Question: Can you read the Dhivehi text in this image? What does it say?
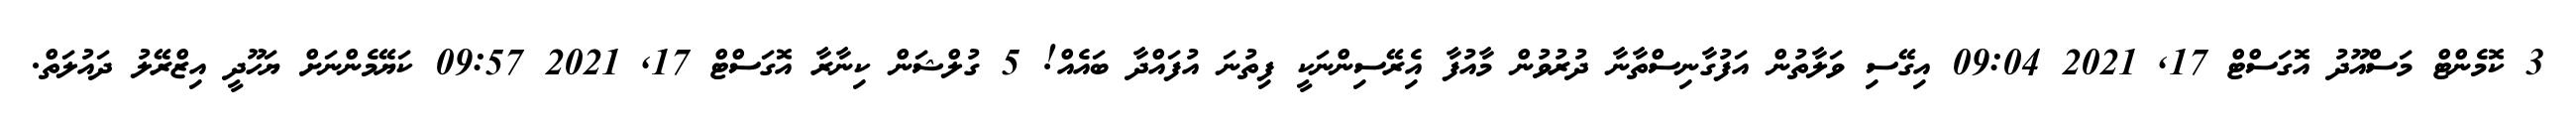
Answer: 3 ކޮމެންޓް މަސްއޫދު އޮގަސްޓް 17, 2021 09:04 އިގޭސި ވަލާތުން އަފުގާނިސްތާނާ ދުރުވުން މާއުފާ އިެރޭސިންނަކީ ފިތުނަ އުފައްދާ ބައެއް! 5 ގުލްޝަން ކިނާރާ އޮގަސްޓް 17, 2021 09:57 ކަޔޭމެންނަށް ޔަހޫދީ އިޒްރޭލު ދައުލަތް.